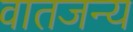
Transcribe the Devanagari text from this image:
वातजन्य